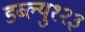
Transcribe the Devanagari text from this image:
डब्ल्यु१२३